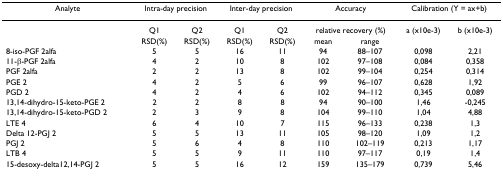
| Analyte | <COLSPAN=2> Intra-day precision | <COLSPAN=2> Inter-day precision | <COLSPAN=2> Accuracy | <COLSPAN=2> Calibration (Y = ax+b) |
 | --- | --- | --- | --- | --- | --- | --- | --- | --- |
 |  | Q1 | Q2 | Q1 | Q2 | <COLSPAN=2> relative recovery (%) | a (x10e-3) | b (x10e-3) |
 |  | RSD(%) | RSD(%) | RSD(%) | RSD(%) | mean | range |  |  |
 | 8-iso-PGF 2alfa | 5 | 5 | 16 | 11 | 94 | 88–107 | 0,098 | 2,21 |
 | 11-β-PGF 2alfa | 4 | 2 | 10 | 8 | 102 | 97–108 | 0,084 | 0,358 |
 | PGF 2alfa | 2 | 2 | 13 | 8 | 102 | 99–104 | 0,254 | 0,314 |
 | PGE 2 | 4 | 2 | 5 | 6 | 99 | 96–107 | 0,628 | 1,92 |
 | PGD 2 | 4 | 2 | 4 | 6 | 102 | 94–112 | 0,345 | 0,089 |
 | 13,14-dihydro-15-keto-PGE 2 | 2 | 2 | 8 | 8 | 94 | 90–100 | 1,46 | -0,245 |
 | 13,14-dihydro-15-keto-PGD 2 | 2 | 3 | 9 | 8 | 104 | 99–110 | 1,04 | 4,88 |
 | LTE 4 | 6 | 4 | 10 | 7 | 115 | 96–133 | 0,238 | 1,3 |
 | Delta 12-PGJ 2 | 5 | 5 | 13 | 11 | 105 | 98–120 | 1,09 | 1,2 |
 | PGJ 2 | 5 | 6 | 4 | 8 | 110 | 102–119 | 0,213 | 1,17 |
 | LTB 4 | 5 | 5 | 9 | 11 | 110 | 97–117 | 0,19 | 1,4 |
 | 15-desoxy-delta12,14-PGJ 2 | 5 | 5 | 16 | 12 | 159 | 135–179 | 0,739 | 5,46 |